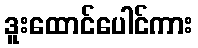
ဒူးထောင်ပေါင်ကား